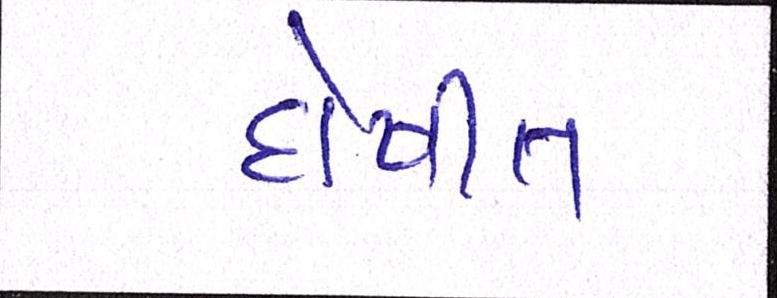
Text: દોષીત